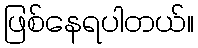
ဖြစ်နေရပါတယ်။